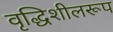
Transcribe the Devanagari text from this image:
वृद्धिशीलरूप